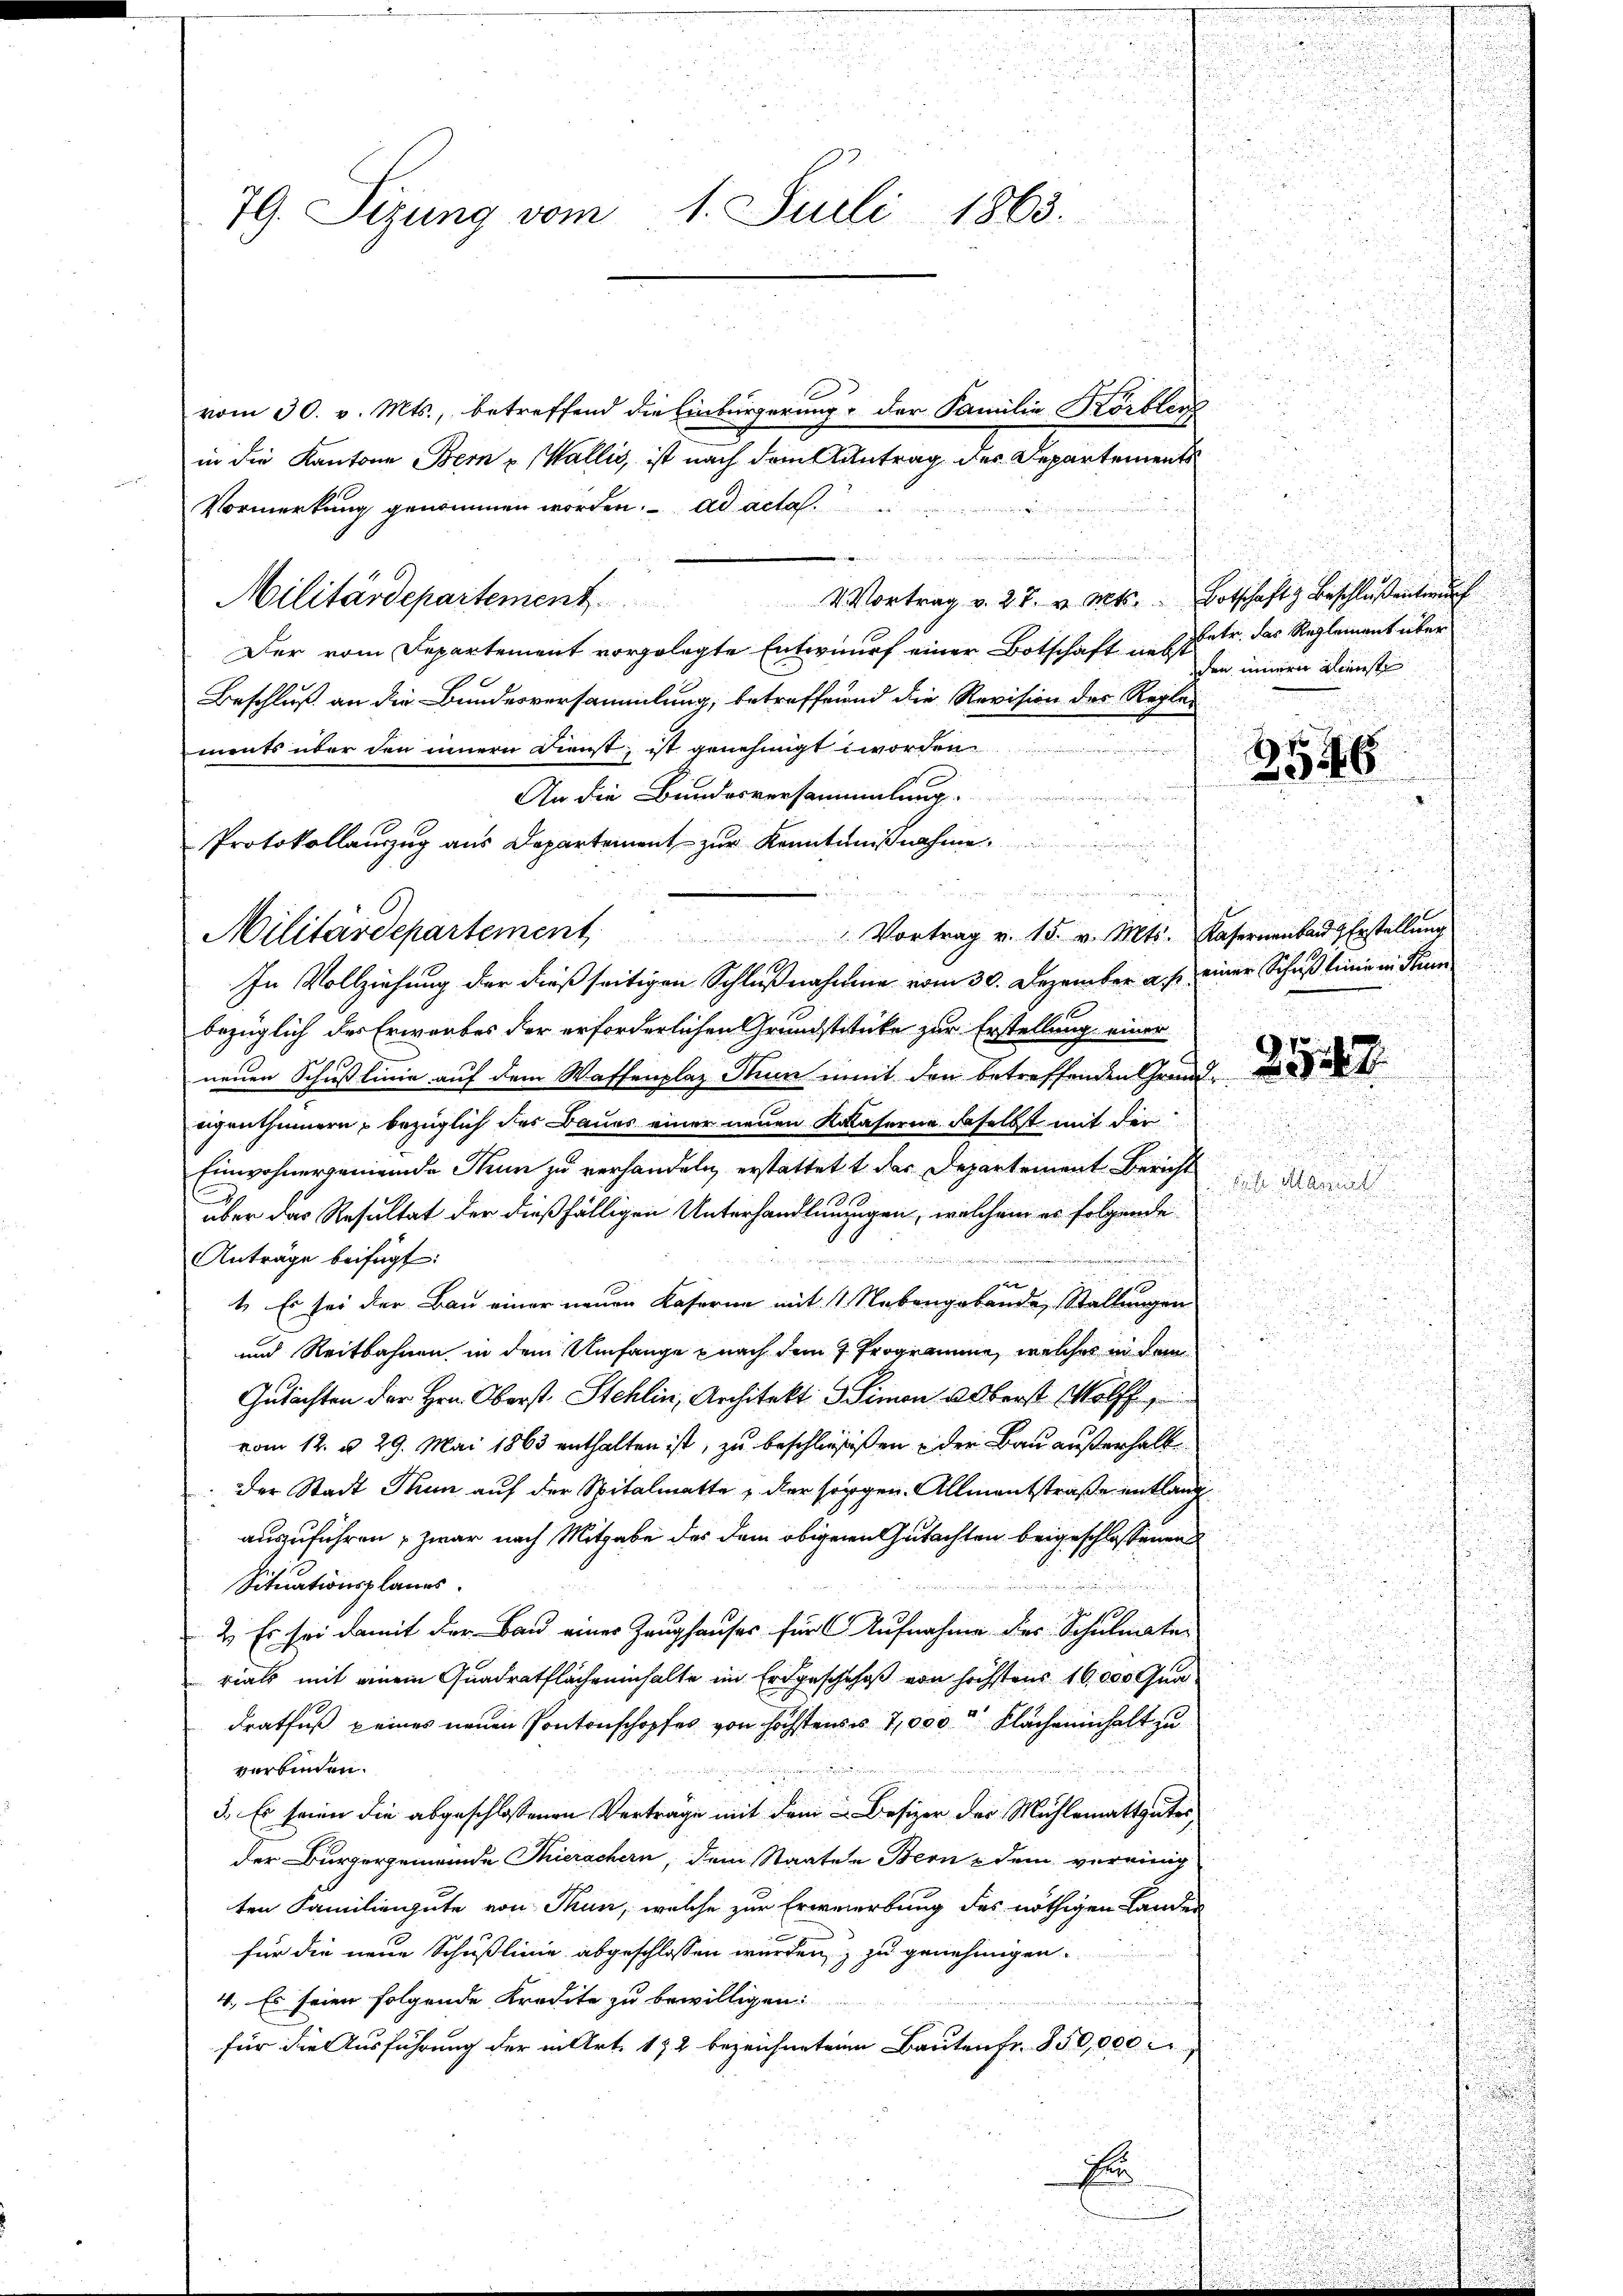
79. Sizung vom 1. Juli 1863.
i

vom 30. v. Mts., betreffend die Einbürgerung der Familie Körblen
in die Kantone Bern u Wallis, ist nach dem Antrag der Departements
Vormerkung genommen worden. ad acta
e
4 Vortrag v. 27. v. Mts. Botschaft Beschlüßentmach
Militärdepartement
Der vom Departement vorgelegte Entwurf einer Botschaft ins Petr. das Reglement über
Beschluß an die Bundesversammlung, betreffend die Revision des Regle-
ments über den innern Dienst, ist genehmigt worden
An die Bundesversammlung.

2
Protokollauszug aus Departement zur Kenntnißnahme.
  gesiedenen einen angehen
 Vortrag v. 15. v. Mts. Kasernenbar Erstellung
1819
In Vollziehung der dießseitigen Schlußnahmen vom 30. Dezember a. p. einer Schuß tinie in dann
bezüglich der Erwarbes der erforderlichen Grundstitute zur Erstellung einer
neuen Schußlinie auf dem Waffenplaz Nun imit den betreffenden Grund
eigenthümern, bezüglich das Baues einer neuen Kalaserne daselbst mit der
Einwohnergemeinde Nein zu verhandeln, erstattet der Departement Bericht
über das Resultat der dießfälligen Unterhandlungen, welchem es folgende
Anträge beifügt:
 in
S.

1
1. Es sei der Bau einer neuen Kaserne mit 1 Nebengabende Stallungen
und Reitbahnen in dem Umfange nach dem 7 Programme, welches in dem
Gutächten der Hrn. Oberst Stehlin, Architekt. Simon oberst Wolff
vom 12. d. 29. Mai 1863 enthalten ist, zu beschliessen der Bau außerhalbe
Der Stadt Thun auf der Spitalmatte, der sorgen. Allmentstraße entlang
auszuführen, zwar nach Mitgabe des dem obigenen Gutachten beigeschlossenen
¬
Situationsplanes.
2. Es sei damit der Bau einer Zeughauses für 6. Aufnahme des Schulmater
rials mit einem Quadratflächeninhalte im Erdgeschehoß von höchstens 16,000 Qua
dratfuß keines neuen Pontonschopfes von höchstensis 7,000 Flächeninhalt zu
verbinden.
3. Es seien die abgeschlossenen Vertrage mit dem Besizer der Mühlemattgutes,
der Bürgergemeinde Thierschern, dem Staaten Bern & dem vereinig
ten Familiengute von Thun, welche zur Erweierbung des nöthigen Lander
für die neue Schußlinie abgeschlossen wurden, zu genehmigen.
4. Es seien folgende Kredite zu bewilligen.
dem Billen namenten
für die Ausführung der in Art. 172 bezeichneten Bauten fr. 850,000
n

Militärdepartement

256

2542.

ta Alamat
u

den innern Dienst

553.
s

u